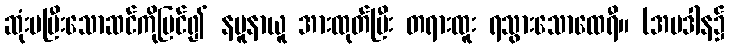
ဆုံးမပြီးသောဆင်ကိုမြင်၍ နမူနာယူ အားထုတ်ပြီး တရားထူး ရသွားသောထေရီ။ (အပဒါန၌